Annual returns of the Patna Lunatic Asylum at Bankipore in Bihar and Orissa - 1912-1924
Year: 1912
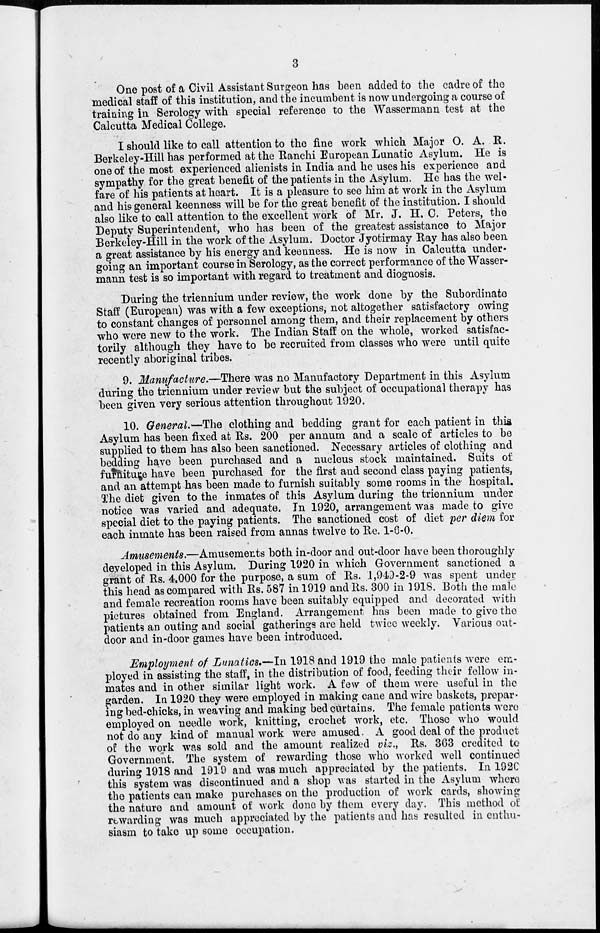
3
One post of a Civil Assistant Surgeon has been added to the cadre of the
medical staff of this institution, and the incumbent is now undergoing a course of
training in Serology with special reference to the Wassermann test at the
Calcutta Medical College.
I should like to call attention to the fine work which Major O. A. R.
Berkeley-Hill has performed at the Ranchi European Lunatic Asylum. He is
one of the most experienced alienists in India and he uses his experience and
sympathy for the great benefit of the patients in the Asylum. He has the wel-
fare of his patients at heart. It is a pleasure to see him at work in the Asylum
and his general keenness will be for the great benefit of the institution. I should
also like to call attention to the excellent work of Mr. J. H. C. Peters, the
Deputy Superintendent, who has been of the greatest assistance to Major
Berkeley-Hill in the work of the Asylum. Doctor Jyotirmay Ray has also been
a great assistance by his energy and keenness. He is now in Calcutta under-
going an important course in Serology, as the correct performance of the Wasser-
mann test is so important with regard to treatment and diognosis.
During the triennium under review, the work done by the Subordinate
Staff (European) was with a few exceptions, not altogether satisfactory owing
to constant changes of personnel among them, and their replacement by others
who wore new to the work. The Indian Staff on the whole, worked satisfac-
torily although they have to be recruited from classes who were until quite
recently aboriginal tribes.
9. Manufacture.—There was no Manufactory Department in this Asylum
during the triennium under review but the subject of occupational therapy has
been given very serious attention throughout 1920.
10. General.—The clothing and bedding grant for each patient in this
Asylum has been fixed at Rs. 200 per annum and a scale of articles to be
supplied to them has also been sanctioned. Necessary articles of clothing and
bedding have been purchased and a nucleus stock maintained. Suits of
furniture have been purchased for the first and second class paying patients,
and an attempt has been made to furnish suitably some rooms in the hospital.
The diet given to the inmates of this Asylum during the triennium under
notice was varied and adequate. In 1920, arrangement was made to give
special diet to the paying patients. The sanctioned cost of diet per diem for
each inmate has been raised from annas twelve to Re. 1-6-0.
Amusements.—Amusements both in-door and out-door have been thoroughly
developed in this Asylum, During 1920 in which Government sanctioned a
grant of Rs. 4,000 for the purpose, a sum of Rs. 1,943-2-9 was spent under
this head as compared with Rs. 587 in 1919 and Rs. 300 in 1918. Both the male
and female recreation rooms have been suitably equipped and decorated with
pictures obtained from England. Arrangement has been made to give the
patients an outing and social gatherings are held twice weekly. Various out-
door and in-door games have been introduced.
Employment of Lunatics.—In 1918 and 1919 the male patients were em-
ployed in assisting the staff, in the distribution of food, feeding their fellow in-
mates and in other similar light work. A few of them were useful in the
garden. In 1920 they were employed in making cane and wire baskets, prepar.
ing bed-chicks, in weaving and making bed curtains. The female patients were
employed on needle work, knitting, crochet work, etc. Those who would
not do any kind of manual work were amused. A good deal of the product
of the work was sold and the amount realized viz., Rs. 363 credited to
Government. The system of rewarding those who worked well continued
during 1918 and 1919 and was much appreciated by the patients. In 192C
this system was discontinued and a shop was started in the Asylum where
the patients can make purchases on the production of work cards, showing
the nature and amount of work done by them every day. This method of
rewarding was much appreciated by the patients and has resulted in enthu-
siasm to take up some occupation.